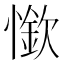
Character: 𰒏